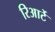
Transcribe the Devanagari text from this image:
रिआर्टे